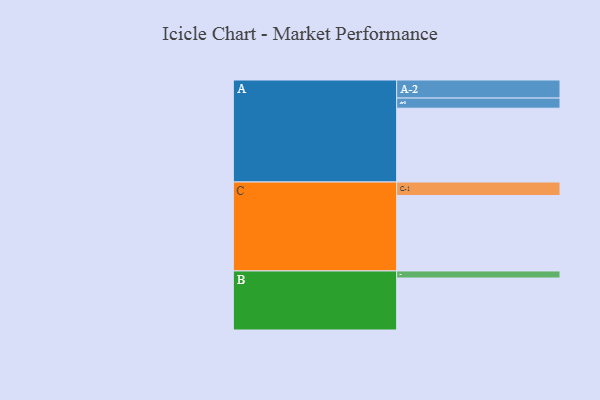
{"axis": {"x": "Segment", "y": "Value"}, "legend": ["", "A", "B", "C"], "data": [{"x": "A", "y": 531, "type": ""}, {"x": "B", "y": 374, "type": ""}, {"x": "C", "y": 543, "type": ""}, {"x": "A-1", "y": 73, "type": "A"}, {"x": "A-2", "y": 130, "type": "A"}, {"x": "B-1", "y": 51, "type": "B"}, {"x": "C-1", "y": 97, "type": "C"}]}